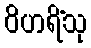
ဝိဟရိံသု